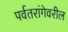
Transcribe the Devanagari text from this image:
पर्वतरांगेवरील